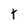
Character: t